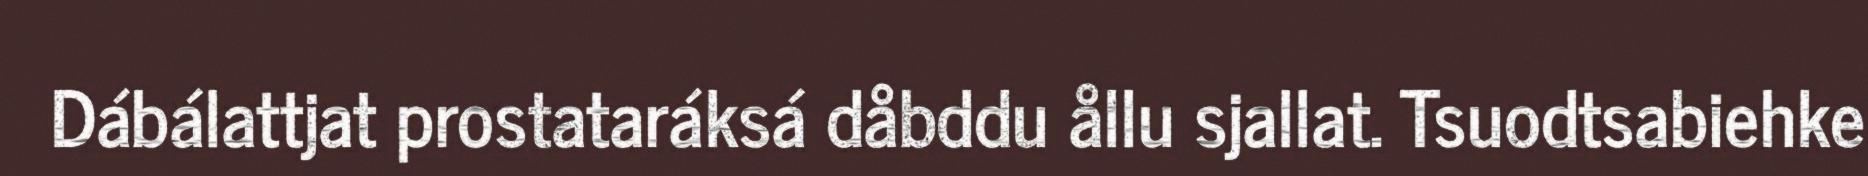
Dábálattjat prostataráksá dåbddu ållu sjallat. Tsuodtsabiehke